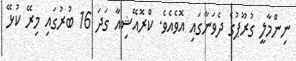
ނިންމާލީ ގުރޫޕުގެ ދެވަނާގައި އޮވެއެވެ. ކްރޮއޭޝިއާ ގަދަ 16 ބުރުގައި މިރޭ ކުޅޭ